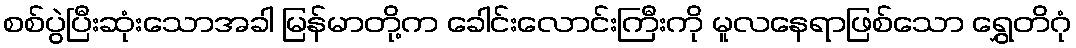
စစ်ပွဲပြီးဆုံးသောအခါ မြန်မာတို့က ခေါင်းလောင်းကြီးကို မူလနေရာဖြစ်သော ရွှေတိဂုံ